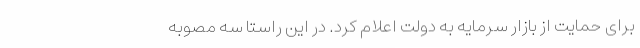
برای حمایت از بازار سرمایه به دولت اعلام کرد. در این راستا سه مصوبه